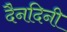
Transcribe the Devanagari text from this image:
दैनदिनी